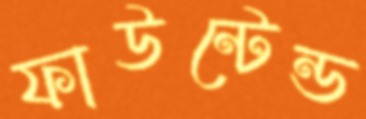
ফাউন্টেন্ড